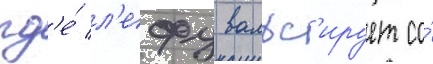
гд'е́ л'ефу вальс'ирует со́